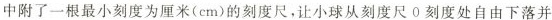
中附了一根最小刻度为厘米(cm)的刻度尺，让小球从刻度尺0刻度处自由下落并